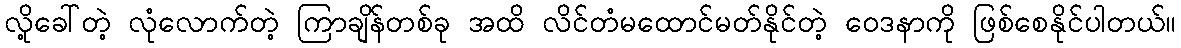
လို့ခေါ်တဲ့ လုံလောက်တဲ့ ကြာချိန်တစ်ခု အထိ လိင်တံမထောင်မတ်နိုင်တဲ့ ဝေဒနာကို ဖြစ်စေနိုင်ပါတယ်။